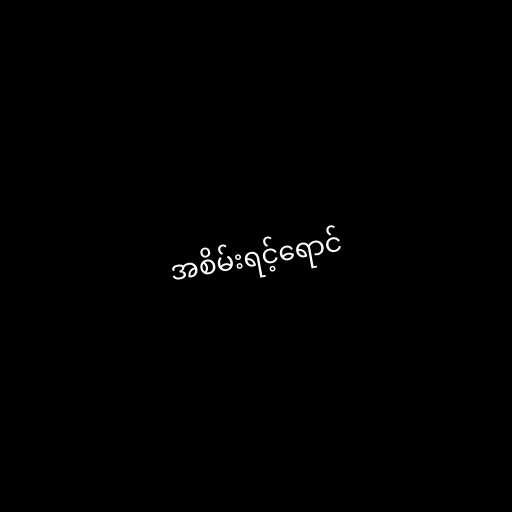
အစိမ်းရင့်ရောင်